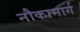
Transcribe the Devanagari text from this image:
नौकामार्ग